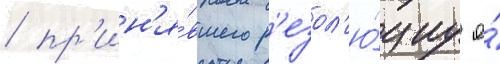
/ пр'ин'я́вшего р'езол'ю́циу о́